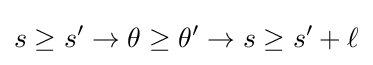
s\geq s'\rightarrow \theta \geq \theta '\rightarrow s\geq s'+\ell